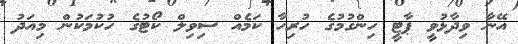
އޭނާ ވިދާޅުވީ ޕާޓީ ހިންގުމުގެ ހުރިހާ ކަމެއް ސިވިލް ކޯޓުގެ ހުކުމަކުން މިއަދު